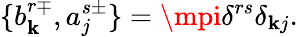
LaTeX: \{ b_{\mathbf{k}}^{r\mp},a_{j}^{s\pm}\} =\mpi\delta^{rs}\delta_{\mathbf{k}j}.